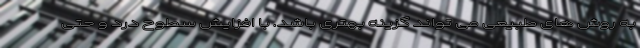
به روش های طبیعی می تواند گزینه بهتری باشد. با افزایش سطوح درد و حتی